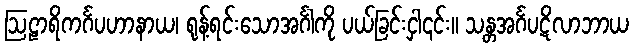
ဩဠာရိကင်္ဂပဟာနာယ၊ ရုန့်ရင်းသောအင်္ဂါကို ပယ်ခြင်းငှါ၎င်း။ သန္တအင်္ဂပဋိလာဘာယ